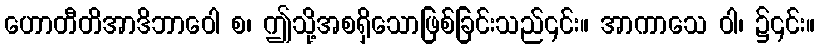
ဟောတီတိအာဒိဘာဝေါ စ၊ ဤသို့အစရှိသောဖြစ်ခြင်းသည်၎င်း။ အာကာသေ ဝါ၊ ၌၎င်း။